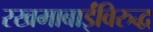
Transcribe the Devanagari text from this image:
रखमाबाईंविरुद्ध